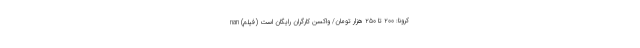
کرونا: ۲۰۰ تا ۲۵۰ هزار تومان/ واکسن کارگران رایگان است (فیلم) nan